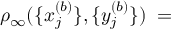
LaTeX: \rho _ { \infty } ( \{ x _ { j } ^ { ( b ) } \} , \{ y _ { j } ^ { ( b ) } \} ) \; =